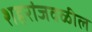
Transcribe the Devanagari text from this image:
शहरांजवळील